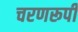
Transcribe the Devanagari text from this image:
चरणरूपी